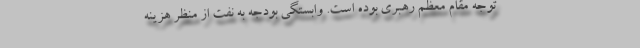
توجه مقام معظم رهبری بوده است. وابستگی بودجه به نفت از منظر هزینه